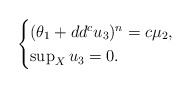
\begin{align*}\begin{cases}(\theta_1+dd^cu_3)^n=c\mu_2,\\\sup_Xu_3=0.\end{cases}\end{align*}